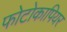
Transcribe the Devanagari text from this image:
फोटोकापियर